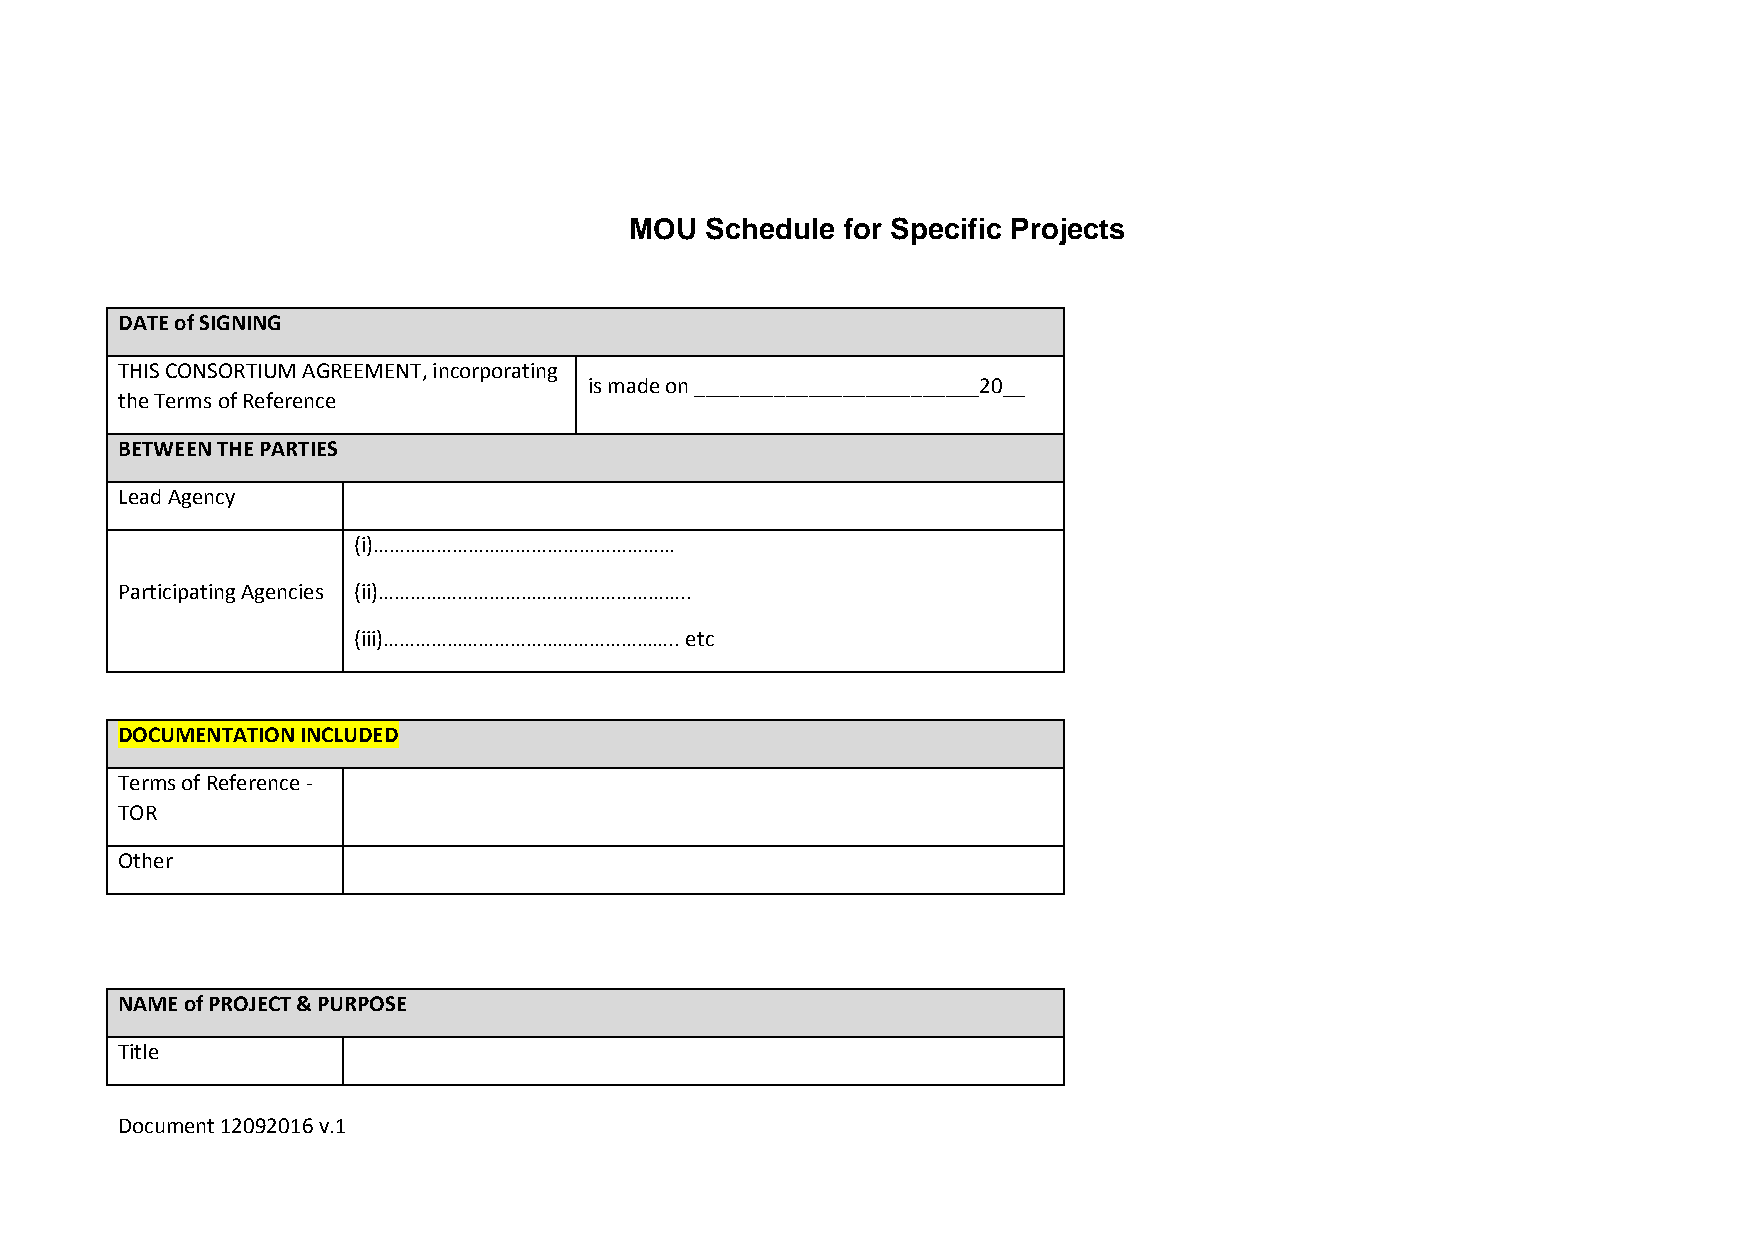
MOU  Schedule for Specific Projects
 DATE of SIGNING
 THIS CONSORTIUM AGREEMENT, incorporating
 is made on _________________________20__
 the Terms of Reference
 BETWEEN THE PARTIES
 Lead Agency
 (i)…………………………………………………
 Participating Agencies (ii)…………………………………………………..
 (iii)……………………………………………….. etc
 DOCUMENTATION INCLUDED
 Terms of Reference -
 TOR
 Other
 NAME of PROJECT & PURPOSE
 Title
 Document 12092016 v.1